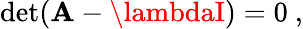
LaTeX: \operatorname*{det}(\mathbf{A}-\lambdaI)=0~,